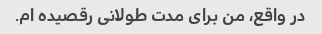
در واقع، من برای مدت طولانی رقصیده ام.